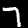
Label: 7